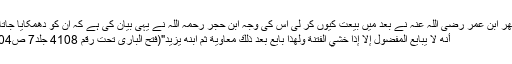
تو پھر ابن عمر رضی اللہ عنہ نے بعد میں بیعت کیوں کر لی اس کی وجہ ابن حجر رحمہ اللہ نے یہی بیان کی ہے کہ ان کو دھمکایا جاتا تھا
أنَّهُ لَا يُبَايَعُ الْمَفْضُولُ إِلَّا إِذَا خُشِيَ الْفِتْنَةُ وَلِهَذَا بَايَعَ بَعْدَ ذَلِكَ مُعَاوِيَةَ ثُمَّ ابْنَهُ يَزِيدَ"(فتح الباری تحت رقم 4108 جلد7 ص404)۔